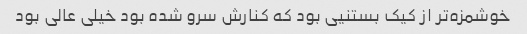
خوشمزه‌تر از کیک بستنیی بود که کنارش سرو شده بود خیلی عالی بود